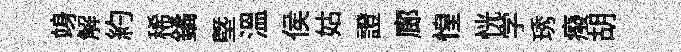
竧解約稀鐍塈温侯姑證廊惶恍学琇癈胡